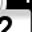
Digit: 2